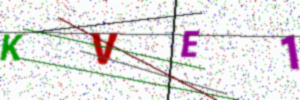
Text: KVE1